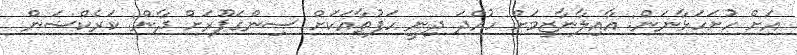
އަށް ހުށަހަޅާނަން: އާއިލާނާޒިމަށް ހުއްދަ ދިނީ ހަފުތާއަކަށް ސިންގަޕޫރަށް ދާން: ކަރެކްޝަން